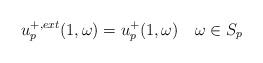
LaTeX: \begin{align*} u_p^{+, ext}(1, \omega) = u_p^+(1, \omega) \ \ \ \omega\in S_p \end{align*}